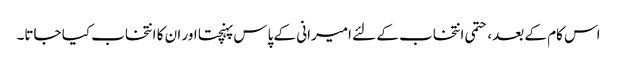
اس کام کے بعد، حتمی انتخاب کے لئے امیرانی کے پاس پہنچتا اور ان کا انتخاب کیا جاتا۔